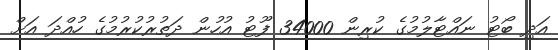
އަދި ބޯޓު ނައްޓާލުމުގެ ކުރިން 34000 ފޫޓު އުހުން ދަތުރުކުރުމުގެ ހުއްދަ އަށް